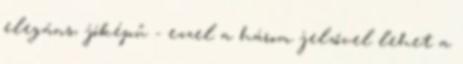
elegáns, jóképű - ezzel a három jelzővel lehet a